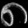
Digit: ၈